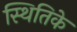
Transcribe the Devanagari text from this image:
स्थितिके